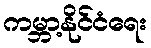
ကမ္ဘာ့နိုင်ငံရေး